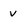
Character: v